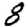
Digit: 8